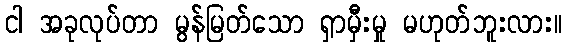
ငါ အခုလုပ်တာ မွန်မြတ်သော ရှာမှီးမှု မဟုတ်ဘူးလား။